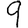
Digit: 9